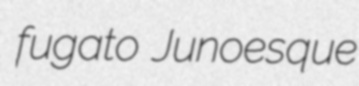
fugato Junoesque